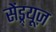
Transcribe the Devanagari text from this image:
सेंड्र्यूज़